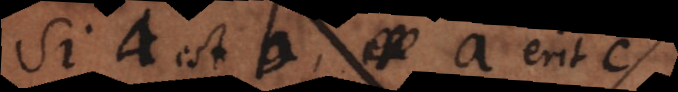
Si a est b, a erit c,